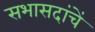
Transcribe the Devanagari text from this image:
सभासदांचें